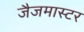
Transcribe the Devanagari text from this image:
जैजमास्टर